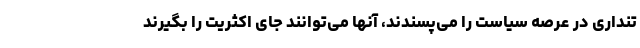
تنداری در عرصه سیاست را می‌پسندند، آنها می‌توانند جای اکثریت را بگیرند